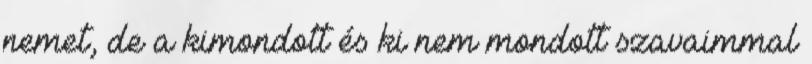
nemet, de a kimondott és ki nem mondott szavaimmal